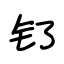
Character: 钌